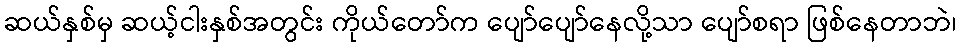
ဆယ်နှစ်မှ ဆယ့်ငါးနှစ်အတွင်း ကိုယ်တော်က ပျော်ပျော်နေလို့သာ ပျော်စရာ ဖြစ်နေတာဘဲ၊